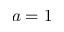
a = 1